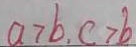
a > b , c > b